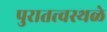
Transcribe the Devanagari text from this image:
पुरातत्त्वस्थळे